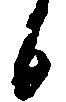
候